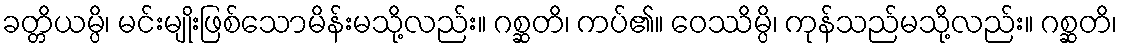
ခတ္တိယမ္ပိ၊ မင်းမျိုးဖြစ်သောမိန်းမသို့လည်း။ ဂစ္ဆတိ၊ ကပ်၏။ ဝေဿိမ္ပိ၊ ကုန်သည်မသို့လည်း။ ဂစ္ဆတိ၊